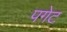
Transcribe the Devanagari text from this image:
पगेट